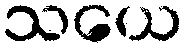
သယေ